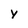
Character: y